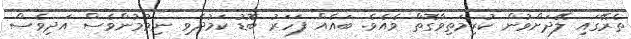
ތެރޭގައި ލޭދަށްވުން ކުރިމަތިވާގޮތް ވެއެވެ. ބައެއް ފަހަރު ބޮޑު ކަމުދެވި ނިމުމުންވެސް އަދިވެސް